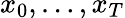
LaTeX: x_{0},\ldots,x_{T}